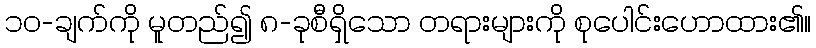
၁၀-ချက်ကို မူတည်၍ ၈-ခုစီရှိသော တရားများကို စုပေါင်းဟောထား၏။